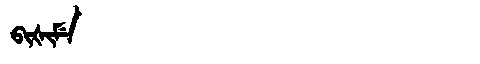
Manchu: ᠪᡳᡧᡳᠮᡝ
Romanization: BIŠIME